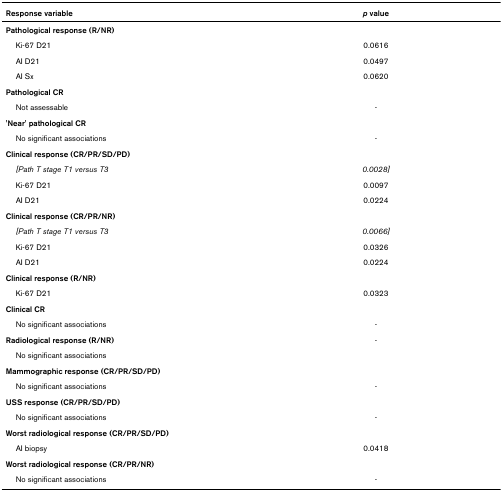
<table><thead><tr><td><b>Response variable</b></td><td><b><i>p </i>value</b></td></tr></thead><tbody><tr><td><b>Pathological response (R/NR)</b></td><td></td></tr><tr><td> Ki-67 D21</td><td>0.0616</td></tr><tr><td> AI D21</td><td>0.0497</td></tr><tr><td> AI Sx</td><td>0.0620</td></tr><tr><td><b>Pathological CR</b></td><td></td></tr><tr><td> Not assessable</td><td>-</td></tr><tr><td><b>&#x27;Near&#x27; pathological CR</b></td><td></td></tr><tr><td> No significant associations</td><td>-</td></tr><tr><td><b>Clinical response (CR/PR/SD/PD)</b></td><td></td></tr><tr><td> <i>[Path T stage T1 versus T3</i></td><td><i>0.0028]</i></td></tr><tr><td> Ki-67 D21</td><td>0.0097</td></tr><tr><td> AI D21</td><td>0.0224</td></tr><tr><td><b>Clinical response (CR/PR/NR)</b></td><td></td></tr><tr><td> <i>[Path T stage T1 versus T3</i></td><td><i>0.0066]</i></td></tr><tr><td> Ki-67 D21</td><td>0.0326</td></tr><tr><td> AI D21</td><td>0.0224</td></tr><tr><td><b>Clinical response (R/NR)</b></td><td></td></tr><tr><td> Ki-67 D21</td><td>0.0323</td></tr><tr><td><b>Clinical CR</b></td><td></td></tr><tr><td> No significant associations</td><td>-</td></tr><tr><td><b>Radiological response (R/NR)</b></td><td>-</td></tr><tr><td> No significant associations</td><td></td></tr><tr><td><b>Mammographic response (CR/PR/SD/PD)</b></td><td></td></tr><tr><td> No significant associations</td><td>-</td></tr><tr><td><b>USS response (CR/PR/SD/PD)</b></td><td></td></tr><tr><td> No significant associations</td><td>-</td></tr><tr><td><b>Worst radiological response (CR/PR/SD/PD)</b></td><td></td></tr><tr><td> AI biopsy</td><td>0.0418</td></tr><tr><td><b>Worst radiological response (CR/PR/NR)</b></td><td></td></tr><tr><td> No significant associations</td><td>-</td></tr></tbody></table>